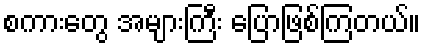
စကားတွေ အများကြီး ပြောဖြစ်ကြတယ်။